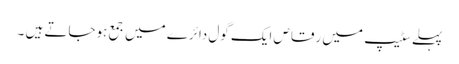
پہلے سٹیپ میں رقاص ایک گول دائرے میں جمع ہوجاتے ہیں ۔